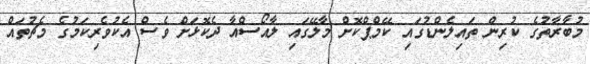
މުބާރާތުގެ ކުރިން ތައިލެންޑުގައި ކޭމްޕްކޮށް މާލޭގައި ލާއޯސްއާ ދެކޮޅަށް ވެސް އެކުވެރިކަމުގެ މެޗުތައް